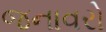
જનાવરો